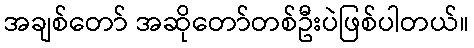
အချစ်တော် အဆိုတော်တစ်ဦးပဲဖြစ်ပါတယ်။